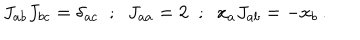
J _ { a b } J _ { b c } = \delta _ { a c } \; \; ; \; \; J _ { a a } = 2 \; \; ; \; \; x _ { a } J _ { a b } = - x _ { b } \, .